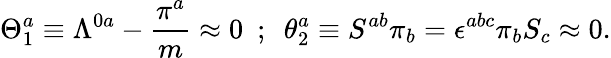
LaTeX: \Theta_{1}^{a}\equiv\Lambda^{0a}-{\frac{\pi^{a}}{m}}\approx 0~~;~~\theta_{2}^{a}\equiv S^{ab}\pi_{b}=\epsilon^{abc}\pi_{b}S_{c}\approx 0.